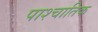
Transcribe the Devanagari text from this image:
पाश्चातिक